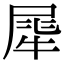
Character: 𤚌